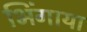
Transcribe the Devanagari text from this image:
भिंगाया